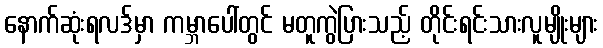
နောက်ဆုံးရလဒ်မှာ ကမ္ဘာပေါ်တွင် မတူကွဲပြားသည့် တိုင်းရင်းသားလူမျိုးများ